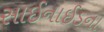
સાઈનાઈડના